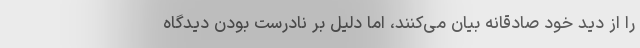
را از دید خود صادقانه بیان می‌کنند، اما دلیل بر نادرست بودن دیدگاه